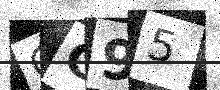
Text: GG95